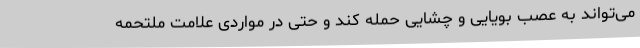
می‌تواند به عصب بویایی و چشایی حمله کند و حتی در مواردی علامت ملتحمه